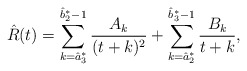
\begin{align*}\hat R(t)=\sum_{k=\hat a_3^*}^{\hat b_2^*-1}\frac{A_k}{(t+k)^2}+\sum_{k=\hat a_2^*}^{\hat b_3^*-1}\frac{B_k}{t+k},\end{align*}